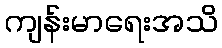
ကျန်းမာရေးအသိ